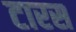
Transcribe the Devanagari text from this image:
टारस